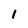
Character: 1